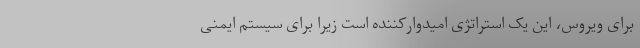
برای ویروس، این یک استراتژی امیدوارکننده است زیرا برای سیستم ایمنی